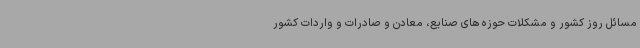
مسائل روز کشور و مشکلات حوزه های صنایع، معادن و صادرات و واردات کشور